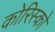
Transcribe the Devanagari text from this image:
कोरिस्को